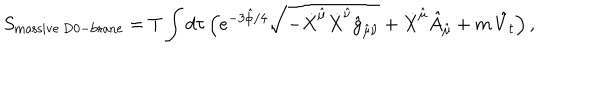
LaTeX: S _ { \mathrm { m a s s i v e \ D 0 - b r a n e } } = T \int d \tau \, \Big ( e ^ { - 3 \hat { \phi } / 4 } \sqrt { - \dot { X } ^ { \hat { \mu } } \dot { X } ^ { \hat { \nu } } \hat { g } _ { \hat { \mu } \hat { \nu } } } + \dot { X } ^ { \hat { \mu } } \hat { A } _ { \hat { \mu } } + m \, \hat { V } _ { t } \Big ) \, ,